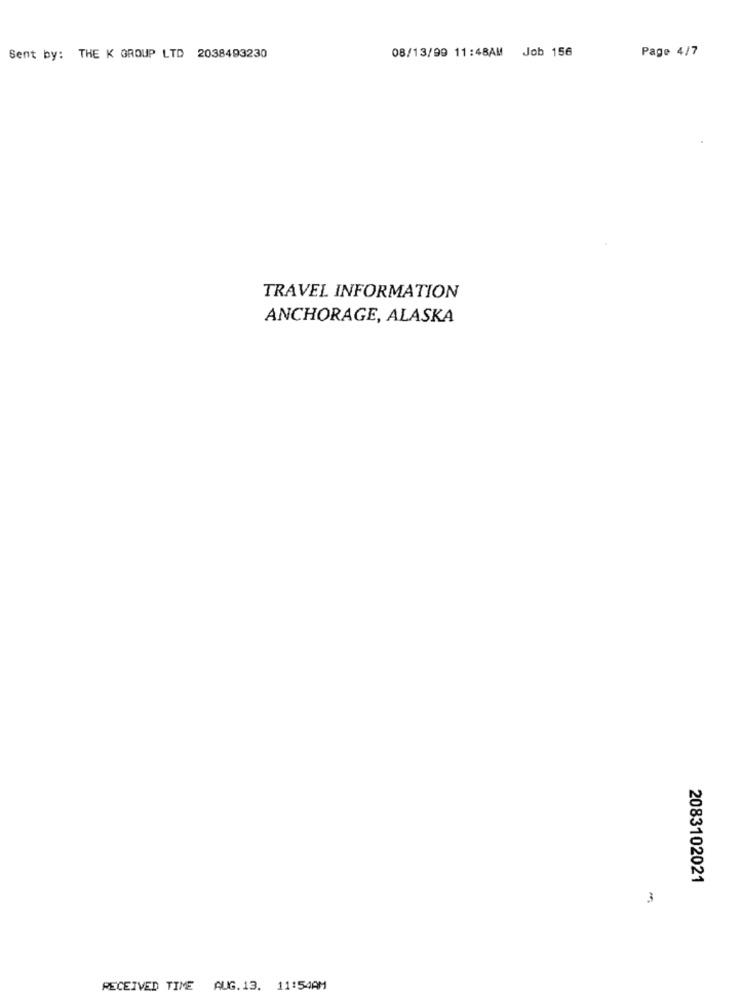
08/13/90 11:48AM Job 156
Page 4/7
Sent by: THE K GROUP LTD 2038493230
TRAVEL INFORMATION
ANCHORAGE, ALASKA
2083102021
3
RECEIVED TIME AUG.13. 11:54AM